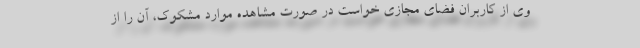
وی از کاربران فضای مجازی خواست در صورت مشاهده موارد مشکوک، آن را از